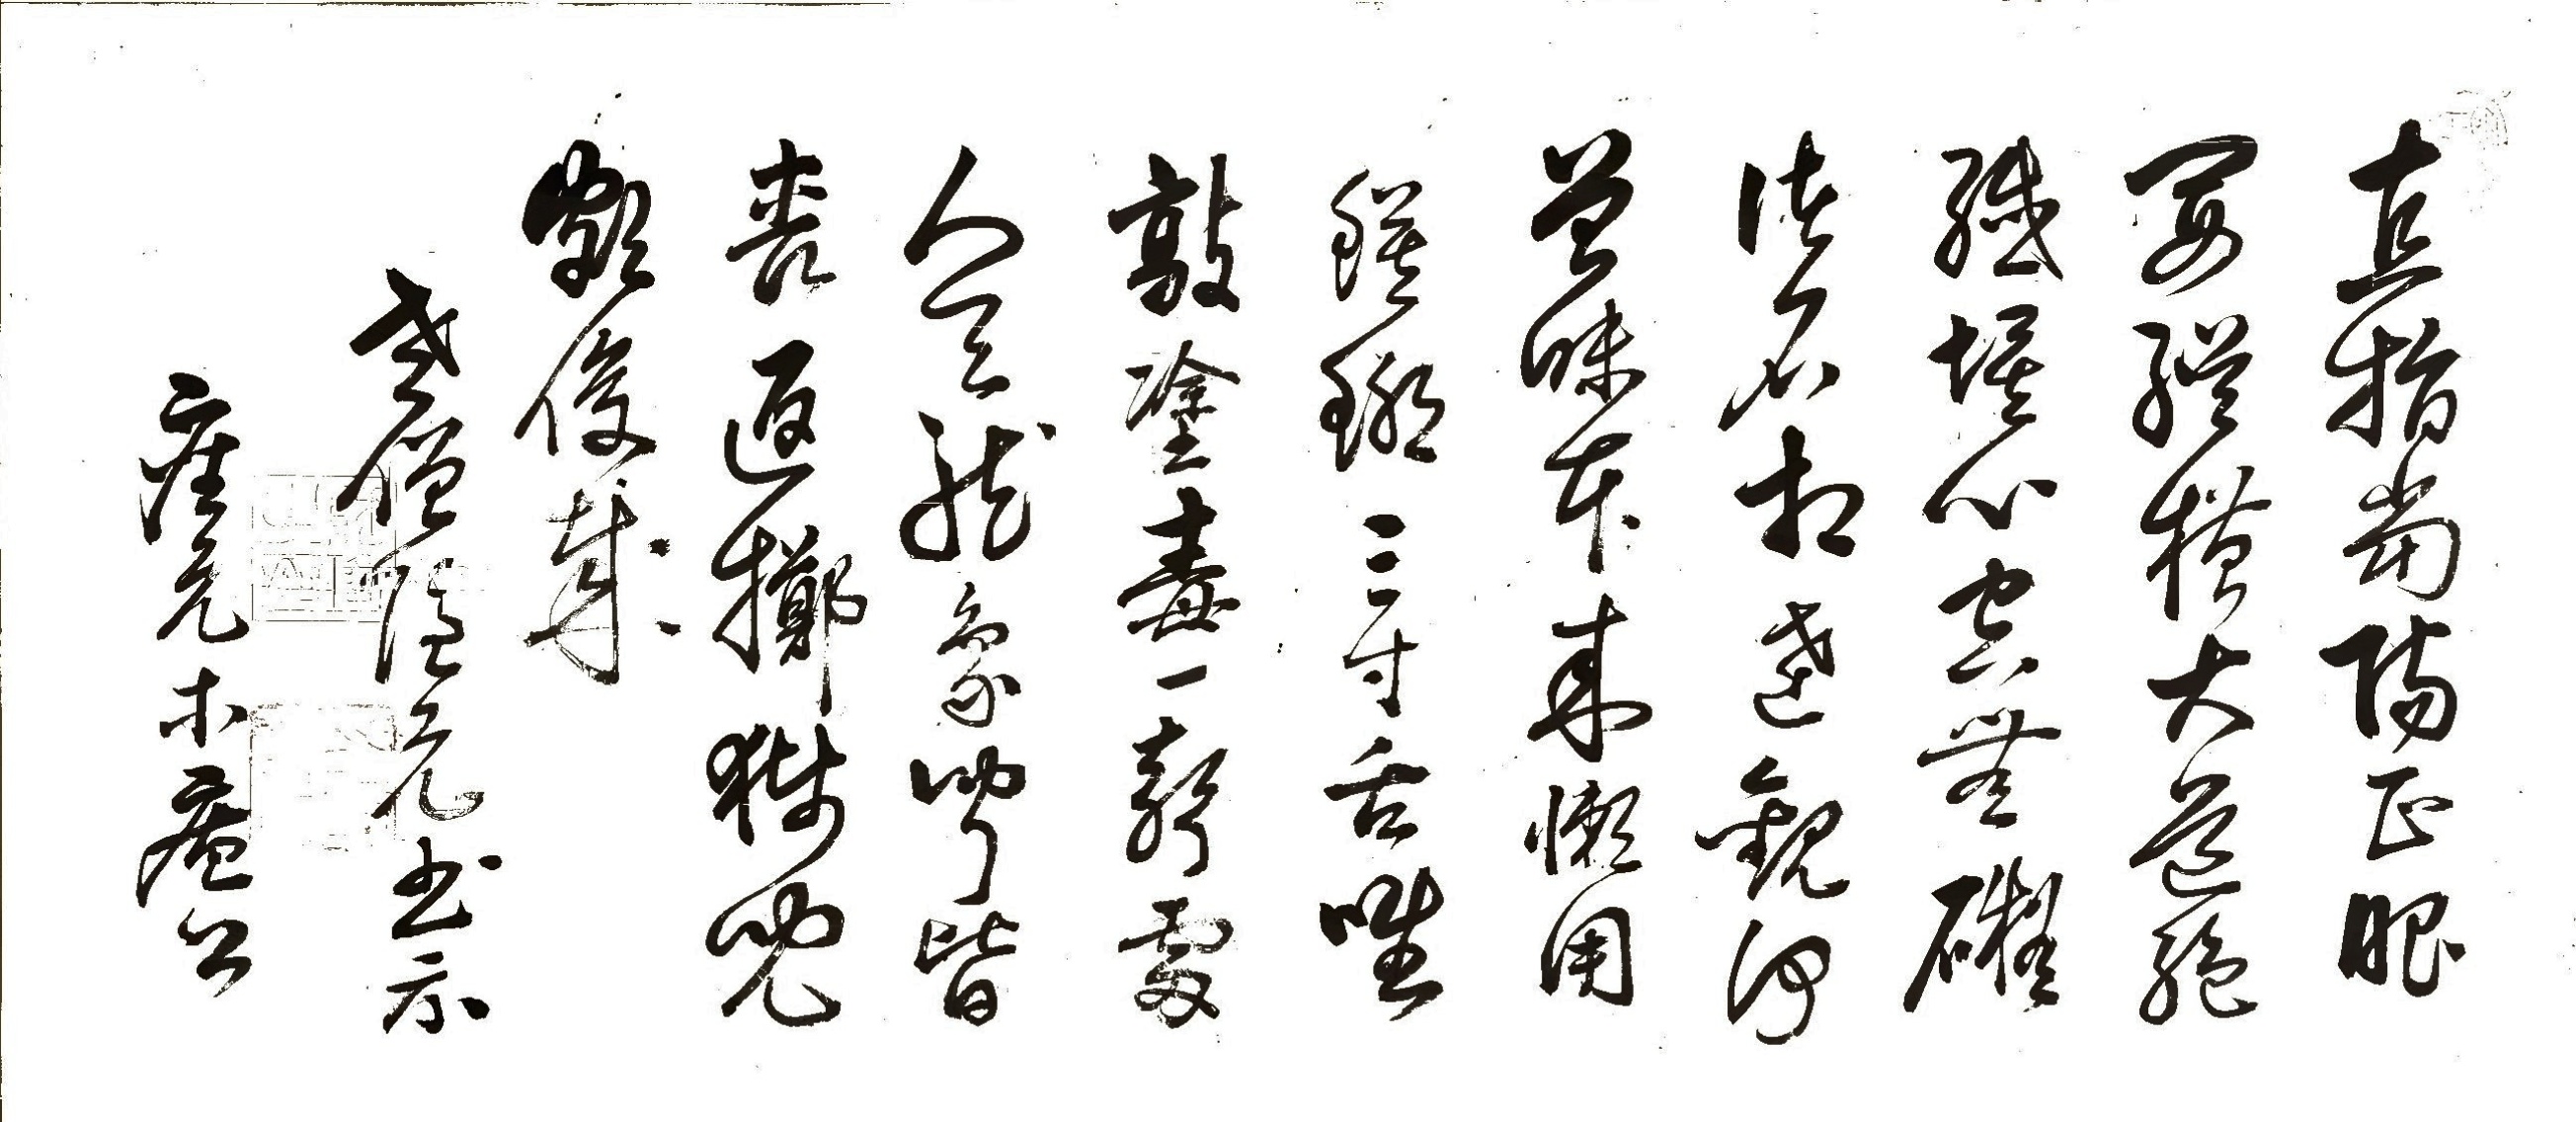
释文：直指当阳正眼开，纵横大道绝纤埃，心空无碍诸名相，达观何曾味本来，懒用镆铘三寸舌，唯敦涂毒一声雷，人天龙象闻皆丧，返掷狮儿额俊哉。老僧隐元书示座元木庵公。